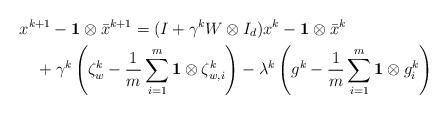
LaTeX: \begin{align*}\begin{aligned}&x^{k+1}-{\bf 1}\otimes \bar{x}^{k+1}=(I+\gamma^k W\otimes I_d)x^k-{\bf 1}\otimes \bar{x}^{k}\\&\quad+\gamma^k\left(\zeta_w^k-\frac{1}{m}\sum_{i=1}^m {\bf 1}\otimes \zeta^k_{w,i} \right)-\lambda^k \left(g^k -\frac{1}{m}\sum_{i=1}^m {\bf 1}\otimes g_i^k\right)\end{aligned}\end{align*}